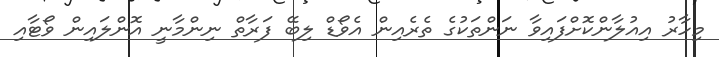
މިހާރު އިއުލާންކޮށްފައިވާ ނަންތަކުގެ ތެރެއިން އެވޯޑް ލިބޭ ފަރާތް ނިންމާނީ އޮންލައިން ވޯޓާއި